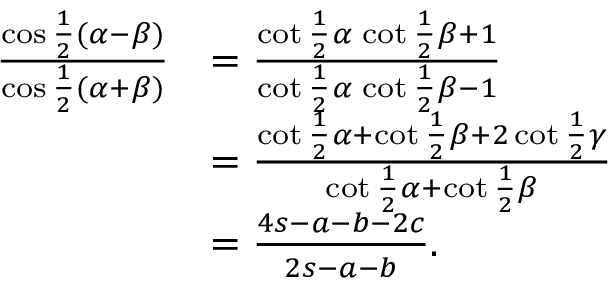
{ \begin{array} { r l } { { \frac { \cos { \frac { 1 } { 2 } } ( \alpha - \beta ) } { \cos { \frac { 1 } { 2 } } ( \alpha + \beta ) } } } & { = { \frac { \cot { \frac { 1 } { 2 } } \alpha \, \cot { \frac { 1 } { 2 } } \beta + 1 } { \cot { \frac { 1 } { 2 } } \alpha \, \cot { \frac { 1 } { 2 } } \beta - 1 } } } \\ & { = { \frac { \cot { \frac { 1 } { 2 } } \alpha + \cot { \frac { 1 } { 2 } } \beta + 2 \cot { \frac { 1 } { 2 } } \gamma } { \cot { \frac { 1 } { 2 } } \alpha + \cot { \frac { 1 } { 2 } } \beta } } } \\ & { = { \frac { 4 s - a - b - 2 c } { 2 s - a - b } } . } \end{array} }